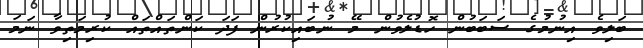
ބަލިވެ އިނުމުގެ ސަބަބުން ހޮޑުލެވުން މޭ ނުބައިކުރުން ފަދަ ކަންތައްތައް ކުރިމަތިވާ ނަމަ